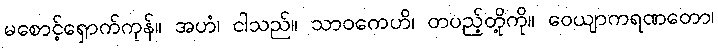
မစောင့်ရှောက်ကုန်။ အဟံ၊ ငါသည်။ သာဝကေဟိ၊ တပည့်တို့ကို။ ဝေယျာကရဏတော၊